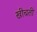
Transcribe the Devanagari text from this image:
खीचती